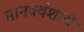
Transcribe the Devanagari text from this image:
मानववंशाचे